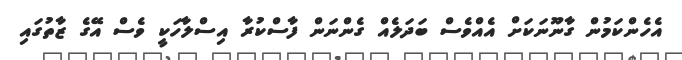
އެހެންކަމުން ގާނޫނަކަށް އެއްވެސް ބަދަލެއް ގެންނަން ފާސްކުރާ އިސްލާހަކީ ވެސް އޭގެ ޒާތުގައި